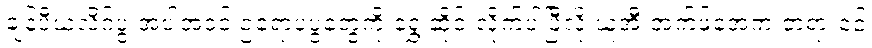
ချန်ပီယံလိဂ်ပွဲ အပါအဝင် ဥရောပပွဲတွေကို ရွှေ့ဆိုင်းလိုက်ပါပြီလို့ ယူအီးအက်ဖ်အေက တရားဝင်